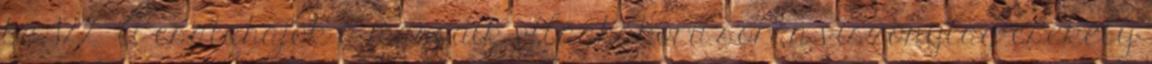
be. 122 A csatahajók a második világháború során viszonylag csekély